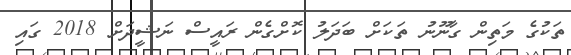
ތަކުގެ މަތިން ގާނޫނު ތަކަށް ބަަދަލު ކޮށްގެން ރައީސް ނަޝީދަށް 2018 ގައި